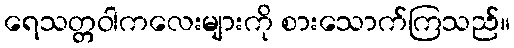
ရေသတ္တဝါကလေးများကို စားသောက်ကြသည်။